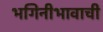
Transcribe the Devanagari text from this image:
भगिनीभावाची